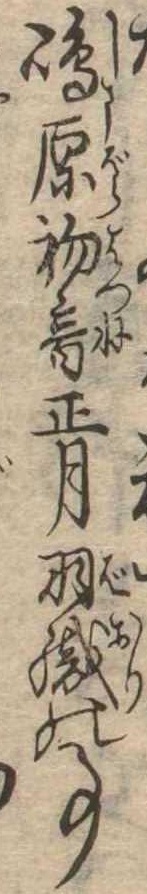
島原初音正月羽織の事